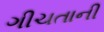
ગીચતાની